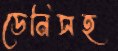
ডেনিসহ